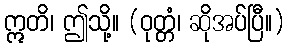
ဣတိ၊ ဤသို့။ (ဝုတ္တံ၊ ဆိုအပ်ပြီ။)